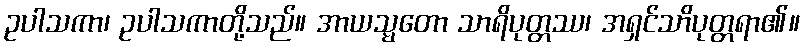
ဥပါသကာ၊ ဥပါသကာတို့သည်။ အာယသ္မတော သာရိပုတ္တဿ၊ အရှင်သာိပုတ္တရာ၏။